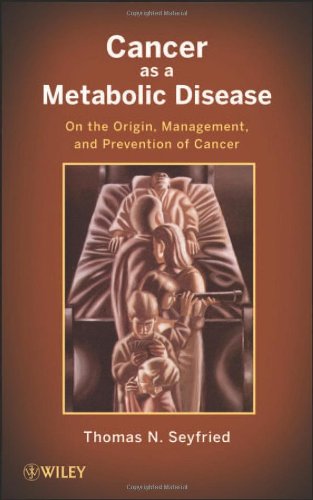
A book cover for Cancer as a Metabolic Disease: On the Origin, Management, and Prevention of Cancer; Thomas Seyfried; Engineering & Transportation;